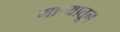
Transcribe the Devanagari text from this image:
मार्‍यातून